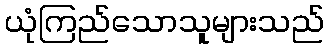
ယုံကြည်သောသူများသည်